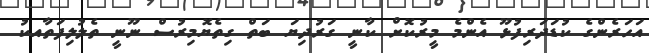
އަހަރެންގެ ކުޑަދަރިފުޅޫޫ އެންމެ މީރުކޮށް ކާނީ ގަރުދިޔަ ބަތް ގިތެޔޮމިރުސް ނޫނީ ތެެލުލިފަތާއކު